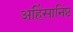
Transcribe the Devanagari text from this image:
अहिंसानिष्ट